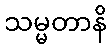
သမ္မတာနိ